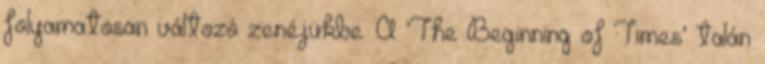
folyamatosan változó zenéjükbe. A ’The Beginning of Times’ talán